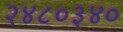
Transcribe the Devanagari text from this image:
२४८०३४०